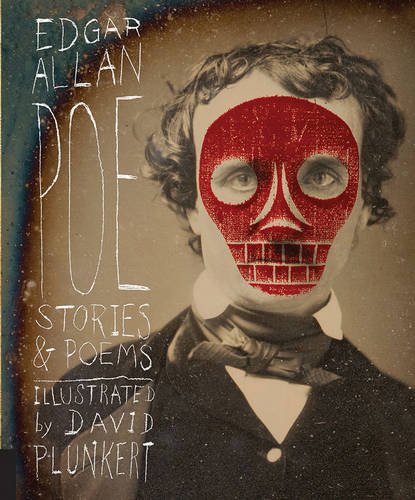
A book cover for Classics Reimagined, Edgar Allan Poe: Stories & Poems; Edgar Allan Poe; Literature & Fiction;